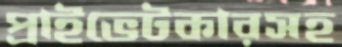
প্রাইভেটকারসহ